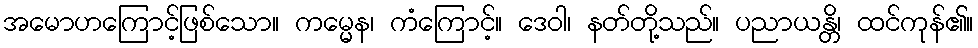
အမောဟကြောင့်ဖြစ်သော။ ကမ္မေန၊ ကံကြောင့်။ ဒေဝါ၊ နတ်တို့သည်။ ပညာယန္တိ၊ ထင်ကုန်၏။